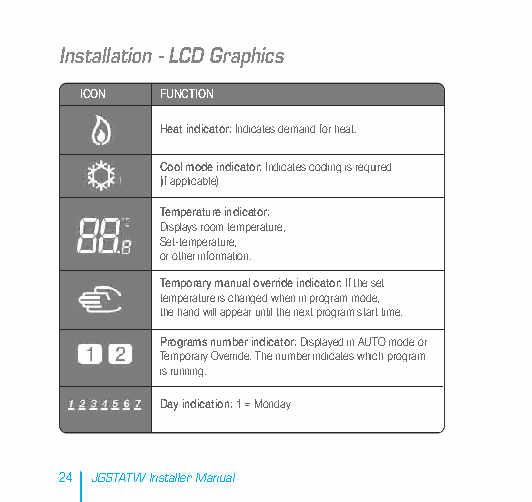
Installation - LCD Graphics
 ICON  FUNCTION
 Heat indicator:Indicates demand for heat.
 Cool mode indicator: Indicates cooling is required
 (if applicable)
 Temperature indicator:
 Displays room temperature,
 Set-temperature,
 or other information.
 Temporary manual override indicator: If the set
 temperature is changed when in program mode,
 the hand will appear until the next program start time.
 Programs number indicator: Displayed in AUTO mode or
 Temporary Override. The number indicates which program
 is running.
 Day indication:1 = Monday
 24 JGSTATW Installer Manual